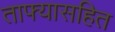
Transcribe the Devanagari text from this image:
ताफ्यासहित